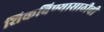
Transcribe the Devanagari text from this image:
शिकविण्यासाठीची